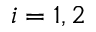
i = 1 , 2